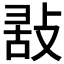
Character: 𢽤